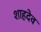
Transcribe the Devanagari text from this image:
शाहदेव